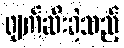
ဖျက်ဆီးခဲ့သည့်